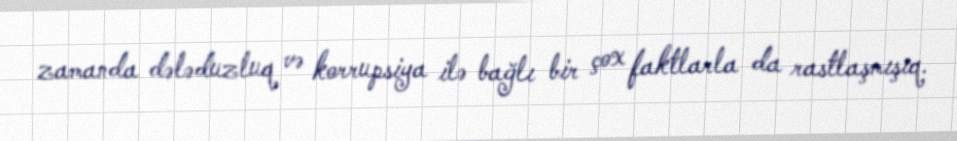
zamanda dələduzluq və korrupsiya ilə bağlı bir çox faktlarla da rastlaşmışıq.